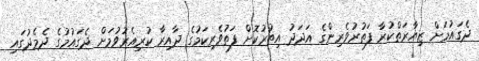
ދެގައުމަށް ޒިޔާރަތްކުރާ ފަތުރުވެރިންގެ އަދަދު އިތުރުކޮށް ފަތުވެރިކަމުގެ ދާއިރާ ކުރިއެރުވުމަށް ދެގައުމުގެ ދެމެދުގައި